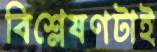
বিশ্লেষণটাই